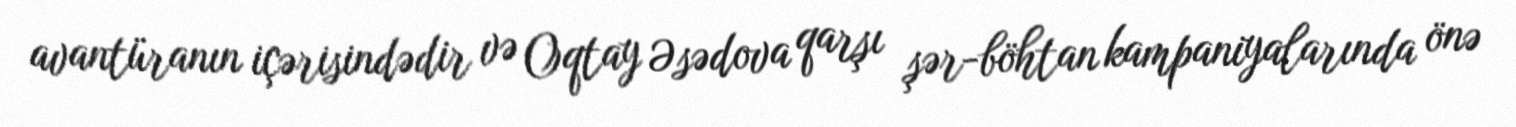
avantüranın içərisindədir və Oqtay Əsədova qarşı şər-böhtan kampaniyalarında önə